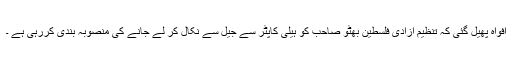
افواہ پھیل گئی کہ تنظیم آزادی فلسطین بھٹو صاحب کو ہیلی کاپٹر سے جیل سے نکال کر لے جانے کی منصوبہ بندی کررہی ہے ۔